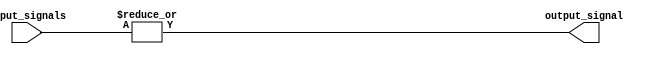
module sixteen_input_or_gate(
    input [15:0] input_signals,
    output reg output_signal
);

always @(*) begin
    output_signal = |input_signals;
end

endmodule